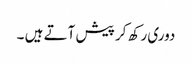
دوری رکھ کر پیش آتے ہیں ۔